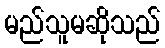
မည်သူမဆိုသည်